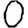
Digit: 0